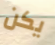
يكن